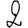
Digit: 2